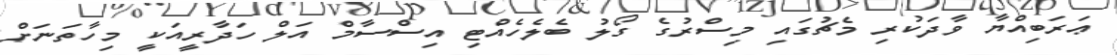
ޢަރަބިއްޔާ ވާދަކުރި މެޗުގައި މިސްރުގެ ގޯލު ބެލެހެއްޓި އިސްސާމް އަލް ހަދާރީއަކީ މިހާތަނަށް